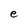
Character: e